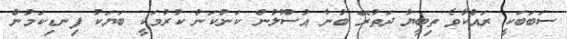
ސަބަބަކީ ރައްކާވެ ތިބީޔާ ދަތުރޭ ބުނާ އުސޫލުން ކަންކަން ކުރުމަކީ ބަޔަކު ފިނޑިކަމުން